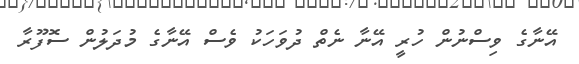
އޭނާގެ ވިސްނުން ހުރީ އޭނާ ނެތް ދުވަހަކު ވެސް އޭނާގެ މުދަލުން ސޮފޫރާ